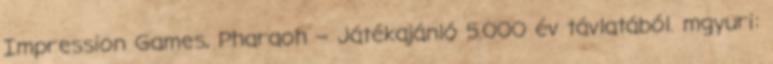
Impression Games, Pharaoh – Játékajánló 5.000 év távlatából. mgyuri: